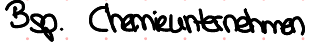
Bsp. Chemieunternehmen